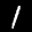
Label: 1